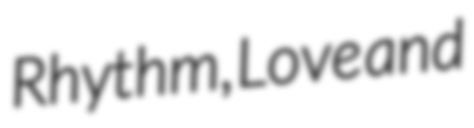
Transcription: Rhythm, Love and